Leningradi_Edasi_toimetus, lk 212
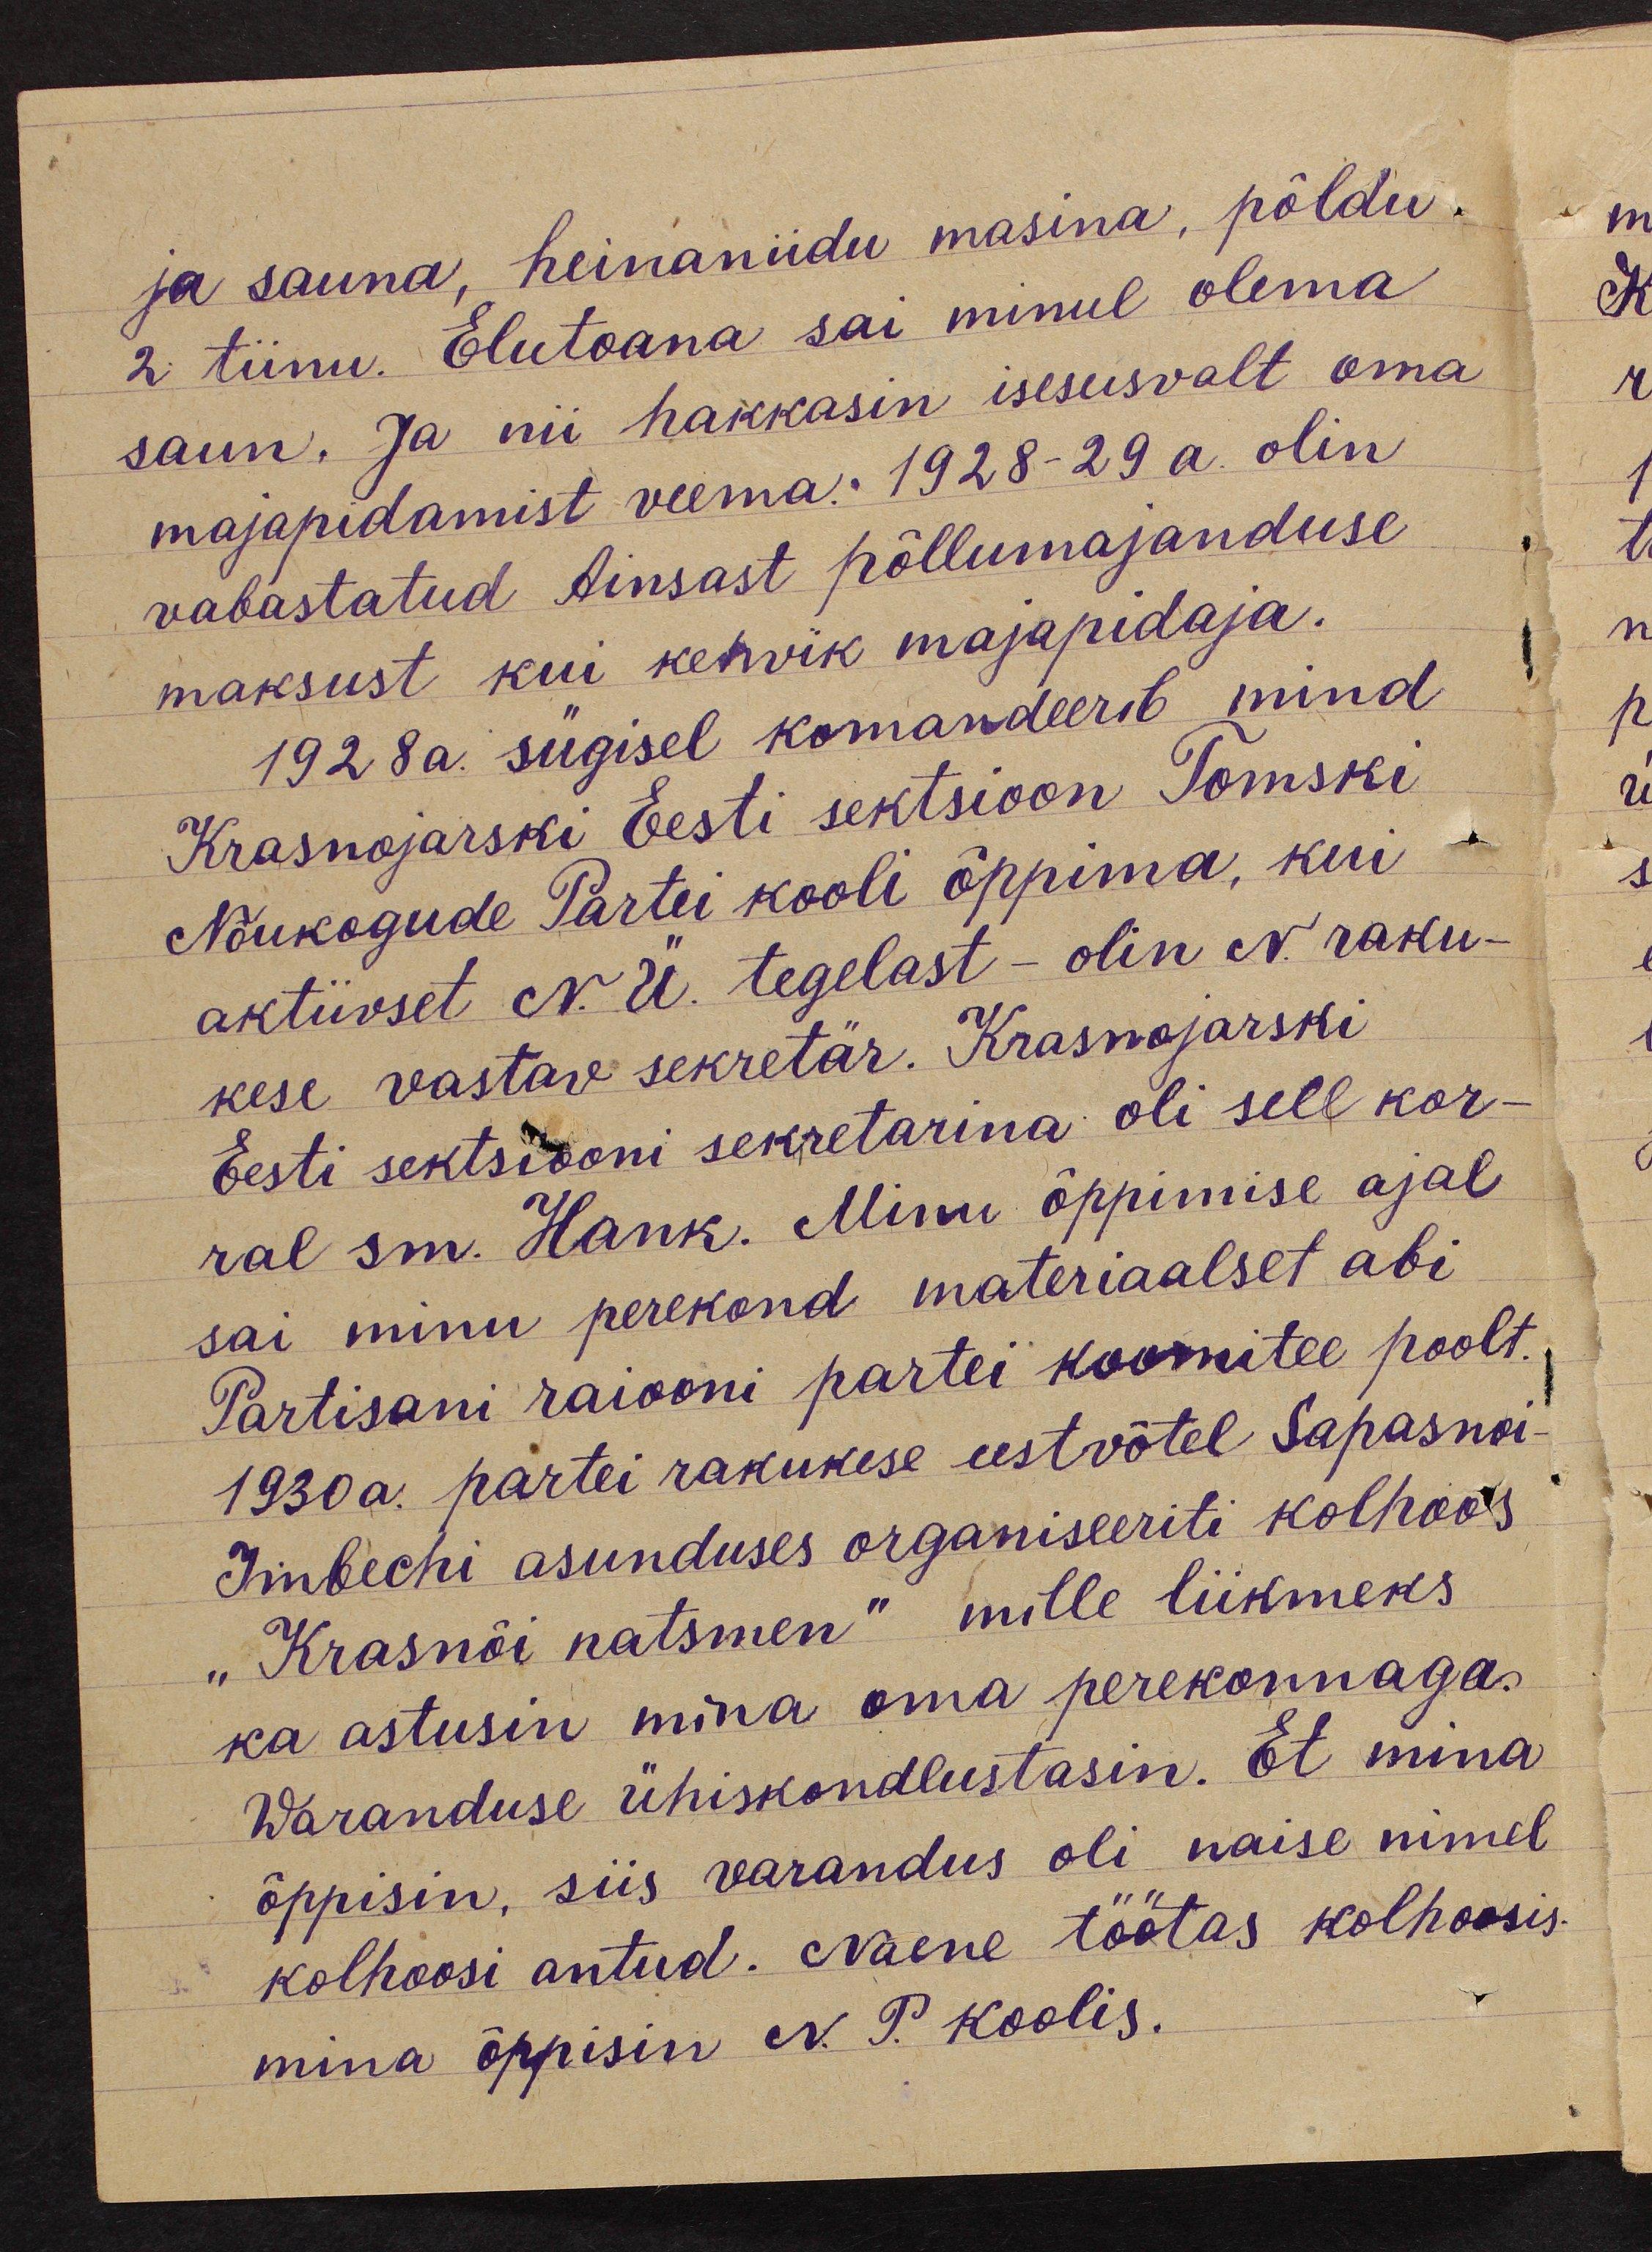
ja sauna, heinaniidu masina, põldu.
2 tiinu. Elutoana sai minul olema.
saun. Ja nii hakkasin iseseisvalt oma
majapidamist veema. 1928-29 a. olin
vabastatud Ainsast põllumajanduse
maksust kui kehvik majapidaja.
1928a. sügisel komandeerib mind
Krasnojarski Eesti sektsioon Tomski
Nõukogude Partei kooli õppima, kui
aktiivset N. Ü. tegelast - olin N. raku-
kese vastav sekretär. Krasnojarski
Eesti sektsiooni sekretarina oli sell kor-
ral sm. Hank. Minu õppimise ajal
sai minu perekond materiaalset abi
Partisani raiooni partei koomitee poolt.
1930 a. partei rakukese eestvõtel Sapasnoi-
Imbechi asunduses organiseeriti kolhoos
"Krasnõi natsmen" mille liikmeks
ka astusin mina oma perekonnaga.
Waranduse ühiskondlustasin. Et mina
õppisin, siis varandus oli naise nimel
kolhoosi antud. Naene töötas kolhoosis
mina õppisin N. P. Koolis.